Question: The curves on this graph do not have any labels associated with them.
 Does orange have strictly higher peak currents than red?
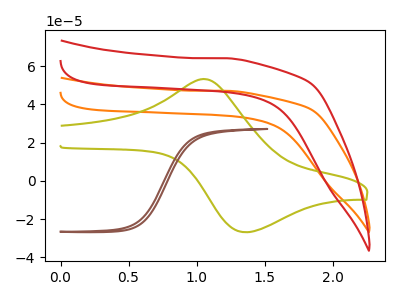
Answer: <think>The orange curve "orange" has no peaks. The olive curve "olive" has an anodic peak at (1.10V, 53.00uA) and a cathodic peak at (1.35V, -26.85uA). The red curve "red" has no peaks. The brown curve "brown" has no peaks.</think>
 <answer>Niether CV has any peaks.</answer>
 <eval>blanks</eval>